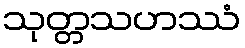
သုတ္တသဟဿံ